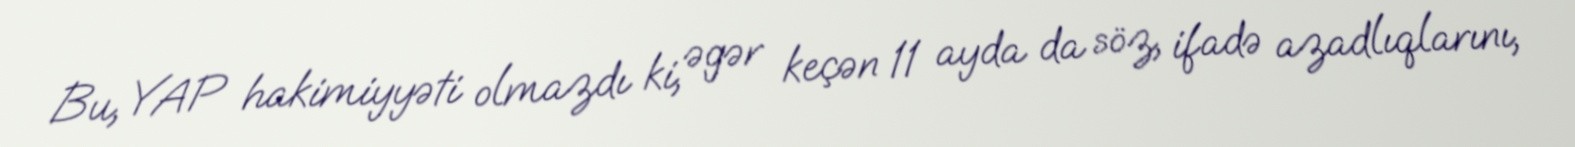
Bu, YAP hakimiyyəti olmazdı ki, əgər keçən 11 ayda da söz, ifadə azadlıqlarını,